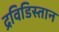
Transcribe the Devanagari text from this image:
द्रविडिस्तान